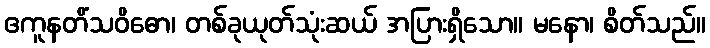
ဧကူနတိံသဝိဓော၊ တစ်ခုယုတ်သုံးဆယ် အပြားရှိသော။ မနော၊ စိတ်သည်။